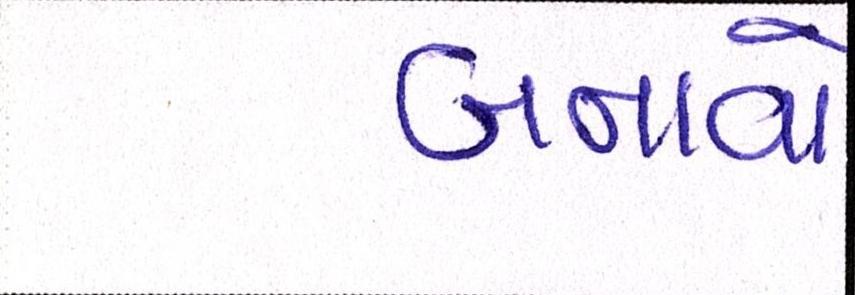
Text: બનાવો